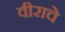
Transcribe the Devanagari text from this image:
वीराचे